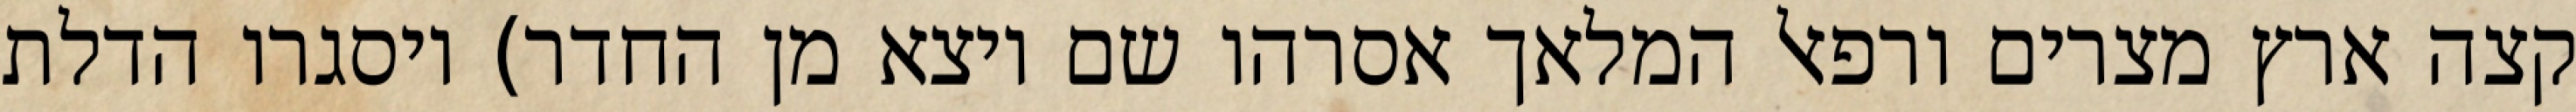
קצה ארץ מצרים ורפאל המלאך אסרהו שם ויצא מן החדר) ויסגרו הדלת